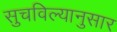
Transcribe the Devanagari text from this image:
सुचविल्यानुसार